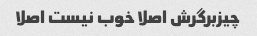
چیزبرگرش اصلا خوب نیست اصلا